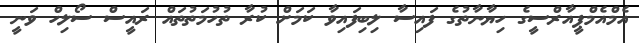
އެމްއެމްޕީއާރްސީގެ ހިޔާނާތުގެ ފައިސާ ލިބިފައިވާ ކަމަށް ކުރާ ތުހުމަތުތައް ރައީސް ސޯލިހް ވަނީ